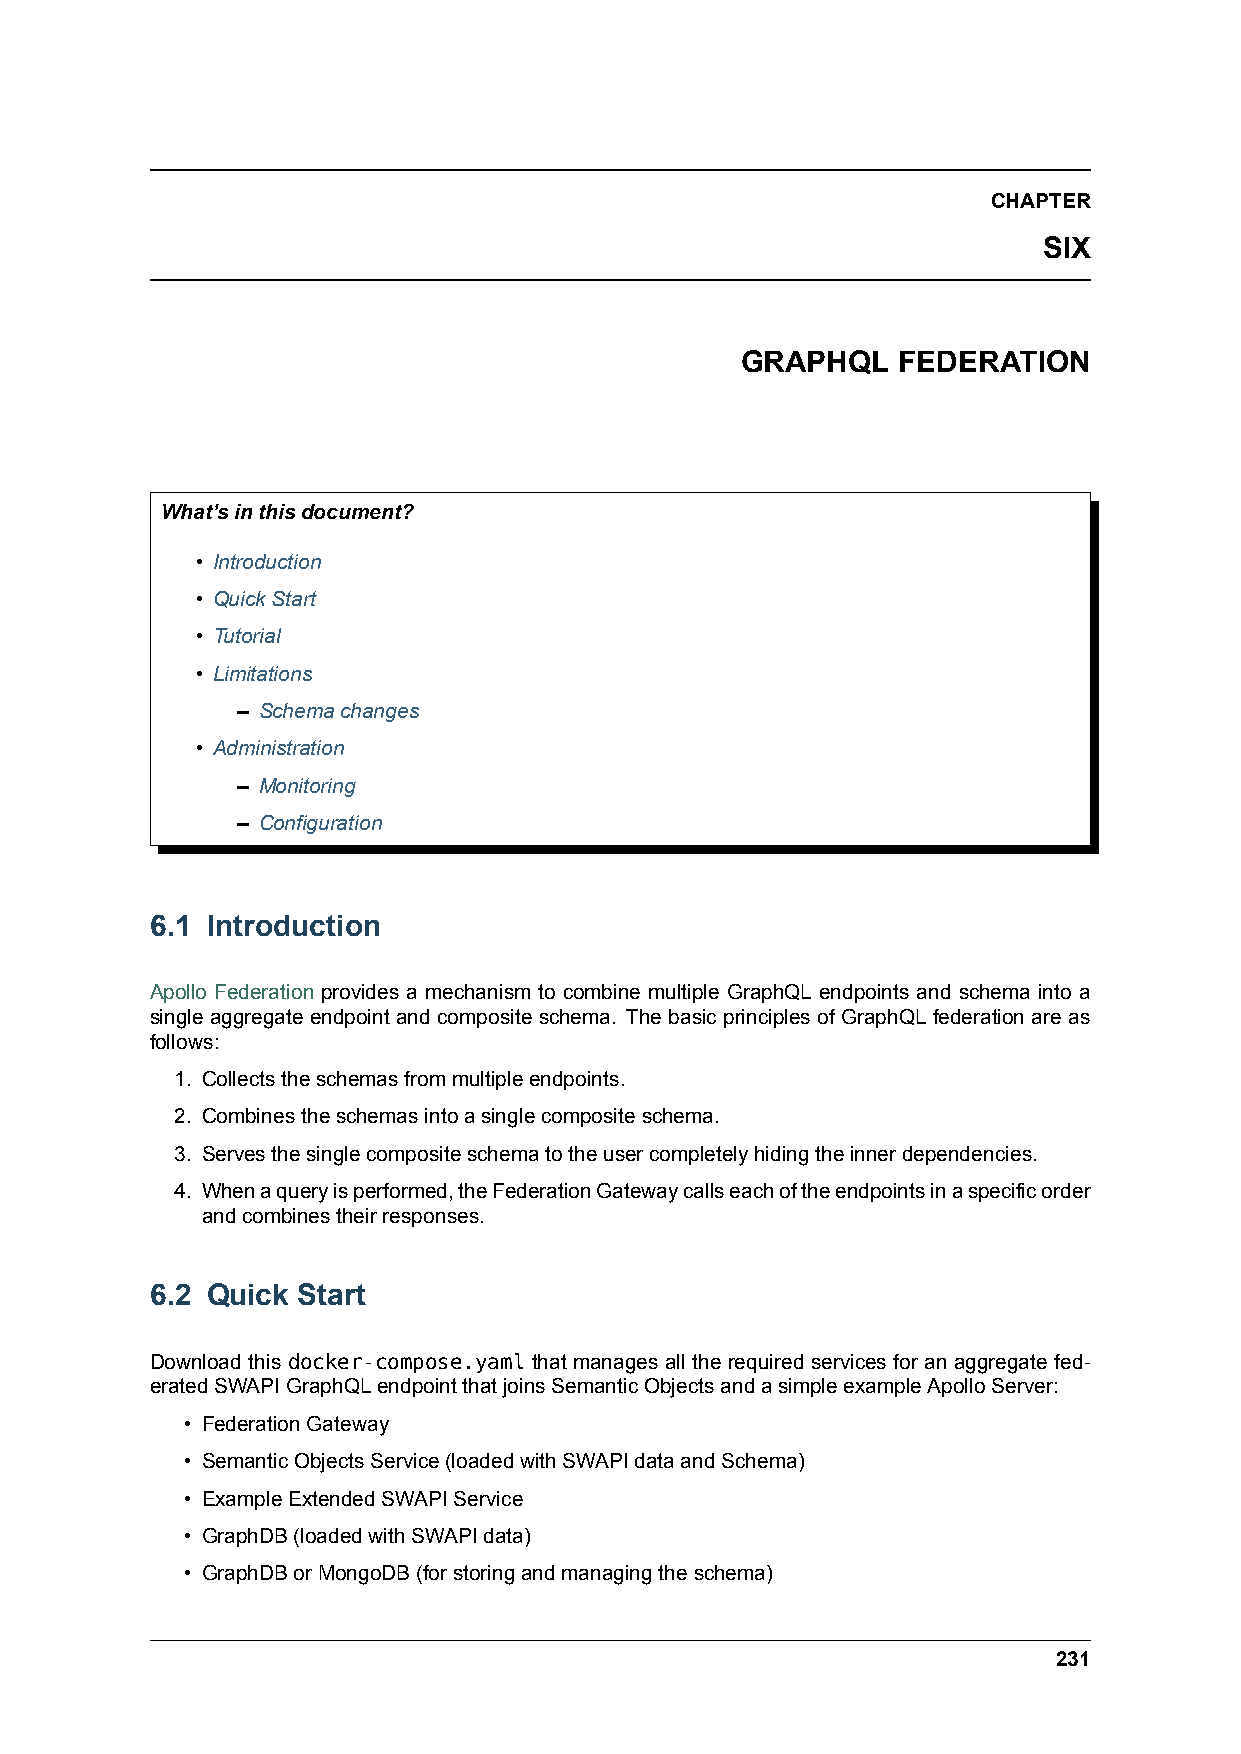
CHAPTER
 SIX
 GRAPHQL   FEDERATION
 What’sinthisdocument?
 • Introduction
 • QuickStart
 • Tutorial
 • Limitations
 – Schemachanges
 • Administration
 – Monitoring
 – Configuration
 6.1 Introduction
 Apollo Federation provides a mechanism to combine multiple GraphQL endpoints and schema into a
 single aggregate endpoint and composite schema. The basic principles of GraphQL federation are as
 follows:
 1. Collectstheschemasfrommultipleendpoints.
 2. Combinestheschemasintoasinglecompositeschema.
 3. Servesthesinglecompositeschematotheusercompletelyhidingtheinnerdependencies.
 4. Whenaqueryisperformed,theFederationGatewaycallseachoftheendpointsinaspecificorder
 andcombinestheirresponses.
 6.2 Quick Start
 Download this docker-compose.yaml that manages all the required services for an aggregate fed-
 eratedSWAPIGraphQLendpointthatjoinsSemanticObjectsandasimpleexampleApolloServer:
 • FederationGateway
 • SemanticObjectsService(loadedwithSWAPIdataandSchema)
 • ExampleExtendedSWAPIService
 • GraphDB(loadedwithSWAPIdata)
 • GraphDBorMongoDB(forstoringandmanagingtheschema)
 231